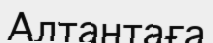
Алтантаға